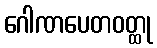
ဂေါဏပေတဝတ္ထု